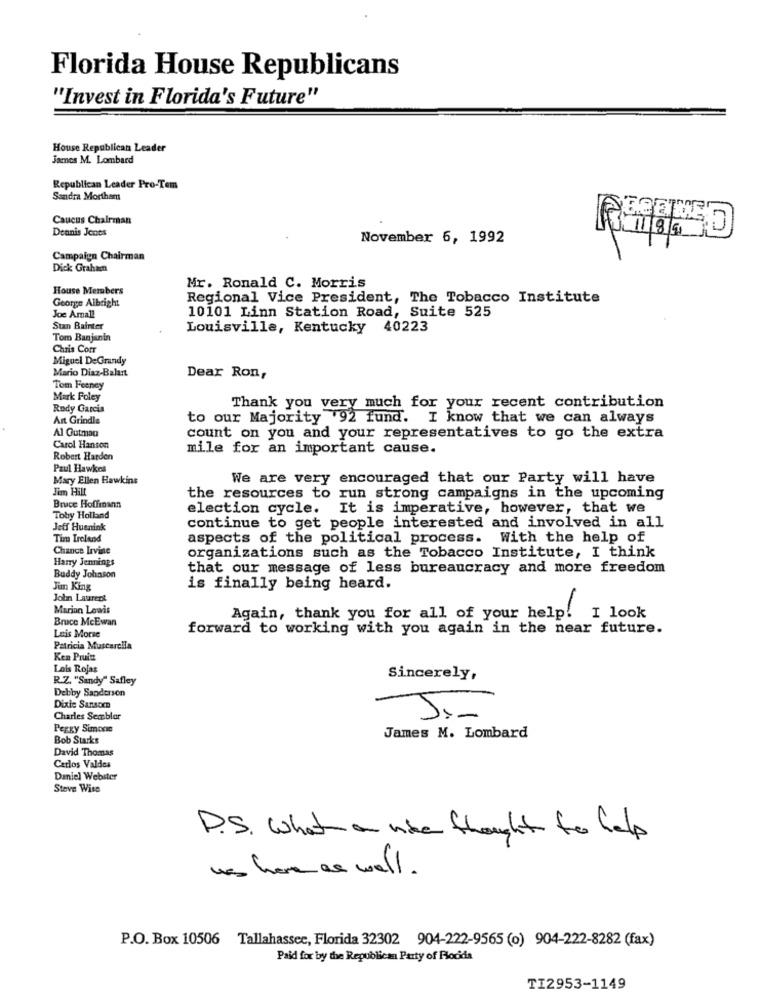
Florida House Republicans
"Invest in Florida's Future"
House Republican Leader
James M. Lombard
Republican Leader Pro-Tem
Sandra Morther
Caucus Chairman
Dennis Jones
00
November 6, 1992
Campaign Chairman
Dick Graham
House Members
Mr. Ronald C. Morris
George Albright
Regional Vice President, The Tobacco Institute
10101 Linn Station Road, Suite 525
Joe Amall
Stan Bainter
Louisville, Kentucky 40223
Tom Banjanin
Chris Cofr
Miguel DeGrandy
Mario Diaz-Balart
Dear Ron,
Tom Feeney
Mark Foley
Rudy Garcia
Thank you very much for your recent contribution
Art Grindle
to our Majority 92 fund. I know that we can always
Al Gutman
count on you and your representatives to go the extra
Carol Hanson
mile for an important cause.
Robert Harden
Paul Hawkes
Mary Ellen Hawkins
We are very encouraged that our Party will have
Jim Hil
the resources to run strong campaigns in the upcoming
Bruce Hoffmann
election cycle. It is imperative, however, that we
Toby Holland
Jeff Huenink
continue to get people interested and involved in all
Tim Ireland
aspects of the political process. With the help of
Chance Irvine
organizations such as the Tobacco Institute, I think
Harry Jennings
that our message of less bureaucracy and more freedom
Buddy Johnson
Jim King
is finally being heard.
John Laurent
Marian Lewis
Bruce McEwan
Again, thank you for all of your help! I look
Luis Morse
forward to working with you again in the near future.
Patricia Muscarcila
Ken Pruitt
Lois Rojas
R.Z. "Sandy" Safley
Sincerely,
Debby Sanderson
Dixie Sanscen
Charles Sembler
Peggy Simone
Bob Starks
James M. Lombard
David Thomas
Carlos Valdes
Daniel Webster
Steve Wise
P.S. What a nive thought to help
was here as well .
P.O. Box 10506 Tallahassee, Florida 32302 904-222-9565 (o) 904-222-8282 (fax)
Paid for by the Republican Party of Fooda
TI2953-1149